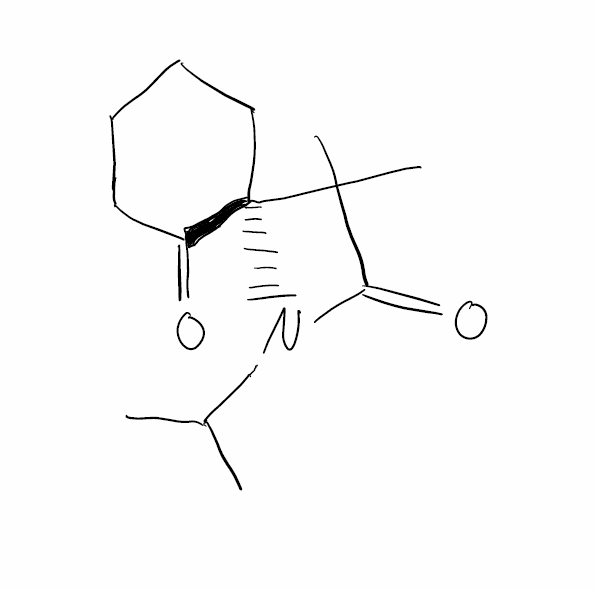
Simplified molecular-input line-entry system (SMILES) notation of the given molecule:
CC(C)N1C(=O)C([C@@]12CCCCC2=O)(C)C